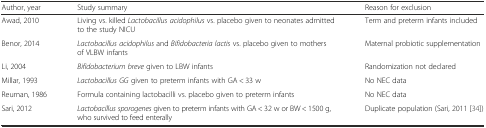
<table><thead><tr><td><b>Author, year</b></td><td><b>Study summary</b></td><td><b>Reason for exclusion</b></td></tr></thead><tbody><tr><td>Awad, 2010</td><td>Living vs. killed <i>Lactobacillus acidophilus</i> vs. placebo given to neonates admitted to the study NICU</td><td>Term and preterm infants included</td></tr><tr><td>Benor, 2014</td><td><i>Lactobacillus acidophilus</i> and <i>Bifidobacteria lactis</i> vs. placebo given to mothers of VLBW infants</td><td>Maternal probiotic supplementation</td></tr><tr><td>Li, 2004</td><td><i>Bifidobacterium breve</i> given to LBW infants</td><td>Randomization not declared</td></tr><tr><td>Millar, 1993</td><td><i>Lactobacillus GG</i> given to preterm infants with GA &lt; 33 w</td><td>No NEC data</td></tr><tr><td>Reuman, 1986</td><td>Formula containing lactobacilli vs. placebo given to preterm infants</td><td>No NEC data</td></tr><tr><td>Sari, 2012</td><td><i>Lactobacillus sporogenes</i> given to preterm infants with GA &lt; 32 w or BW &lt; 1500 g, who survived to feed enterally</td><td>Duplicate population (Sari, 2011 [34])</td></tr></tbody></table>